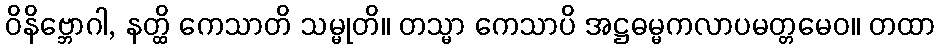
ဝိနိဗ္ဘောဂါ, နတ္ထိ ကေသာတိ သမ္မုတိ။ တသ္မာ ကေသာပိ အဋ္ဌဓမ္မကလာပမတ္တမေဝ။ တထာ